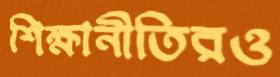
শিক্ষানীতিরও